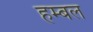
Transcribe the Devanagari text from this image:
हम्बल